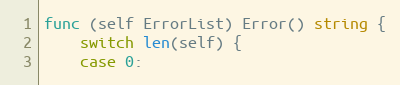
Language: Go
func (self ErrorList) Error() string {
	switch len(self) {
	case 0: